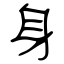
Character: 身